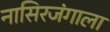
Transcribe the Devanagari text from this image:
नासिरजंगाला